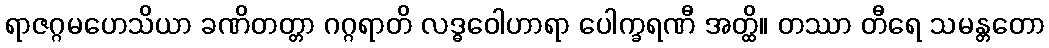
ရာဇဂ္ဂမဟေသိယာ ခဏိတတ္တာ ဂဂ္ဂရာတိ လဒ္ဓဝေါဟာရာ ပေါက္ခရဏီ အတ္ထိ။ တဿာ တီရေ သမန္တတော